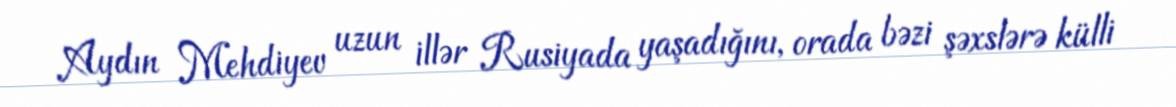
Aydın Mehdiyev uzun illər Rusiyada yaşadığını, orada bəzi şəxslərə külli